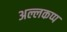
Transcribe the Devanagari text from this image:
अल्लकप्प